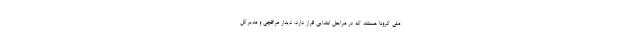
ملی کرونا هستند که در مراحل ابتدایی قرار دارد. دیدار عراقچی و مدیرکل